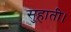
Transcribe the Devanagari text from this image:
सुहाती।